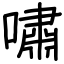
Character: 嘯